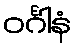
ဝင်္ဂါနံ